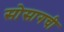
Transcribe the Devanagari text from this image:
सोसागची